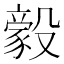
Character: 𬆲